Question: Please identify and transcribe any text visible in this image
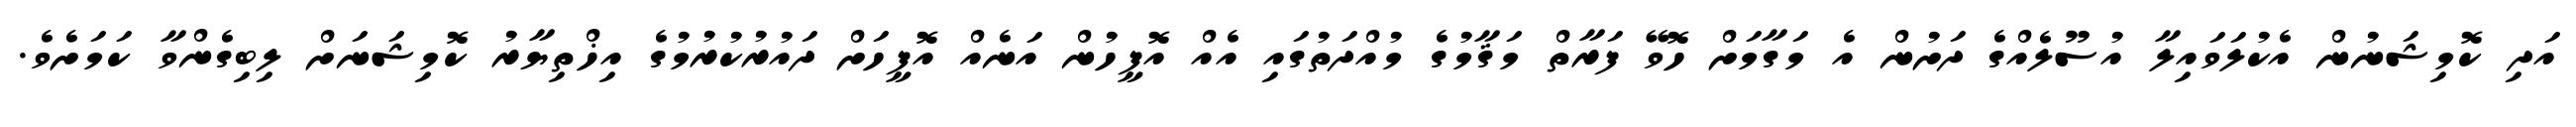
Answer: އަދި ކޮމިޝަނުން އެކުލަވައިލާ އުސޫލެއްގެ ދަށުން އެ މަގާމަށް ހޮވޭ ފަރާތް މަޤާމުގެ މުއްދަތުގައި އެއް އޮފީހުން އަނެއް އޮފީހަށް ދައުރުކުރުމުގެ އިޚްތިޔާރު ކޮމިޝަނަށް ލިބިގެންވާ ކަމަށެވެ.